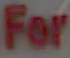
For